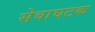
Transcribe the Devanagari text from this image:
सेवाघटक